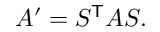
A ^ { \prime } = S ^ { \mathsf { T } } A S .